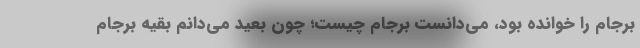
برجام را خوانده بود، می‌دانست برجام چیست؛ چون بعید می‌دانم بقیه برجام